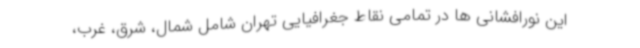
این نورافشانی ها در تمامی نقاط جغرافیایی تهران شامل شمال، شرق، غرب،